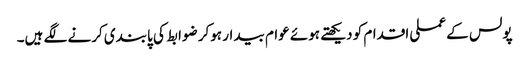
پولس کے عملی اقدام کو دیکھتے ہوئے عوام بیدار ہوکر ضوابط کی پابندی کرنے لگے ہیں۔